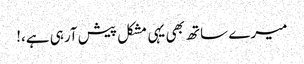
میرے ساتھ بھی یہی مشکل پیش آرہی ہے،!